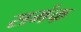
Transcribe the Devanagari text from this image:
समंक